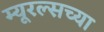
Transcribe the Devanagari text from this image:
म्यूरल्सच्या